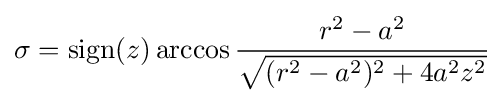
\sigma =\mathrm {sign} (z)\arccos {\frac {r^{2}-a^{2}}{\sqrt {(r^{2}-a^{2})^{2}+4a^{2}z^{2}}}}